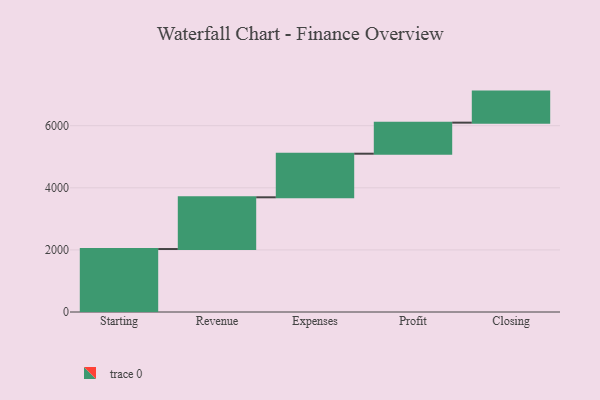
{"axis": {"x": "Step", "y": "Value"}, "legend": [""], "data": [{"x": "Starting", "y": 2028.0, "type": ""}, {"x": "Revenue", "y": 1666.0, "type": ""}, {"x": "Expenses", "y": 1404.0, "type": ""}, {"x": "Profit", "y": 1000, "type": ""}, {"x": "Closing", "y": 1000, "type": ""}]}